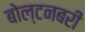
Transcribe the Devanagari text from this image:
बोल्टनबरी